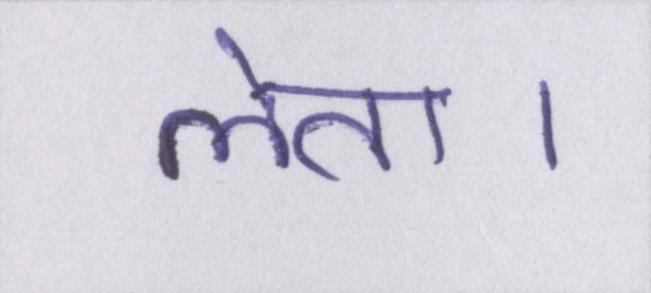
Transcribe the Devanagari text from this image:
लेता।